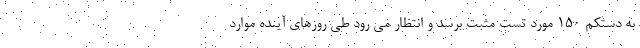
به دستکم 150 مورد تست مثبت برسد و انتظار می رود طی روزهای آینده موارد